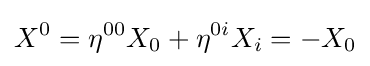
X^{0}=\eta ^{00}X_{0}+\eta ^{0i}X_{i}=-X_{0}